Report of the King Institute of Preventive Medicine, Guindy
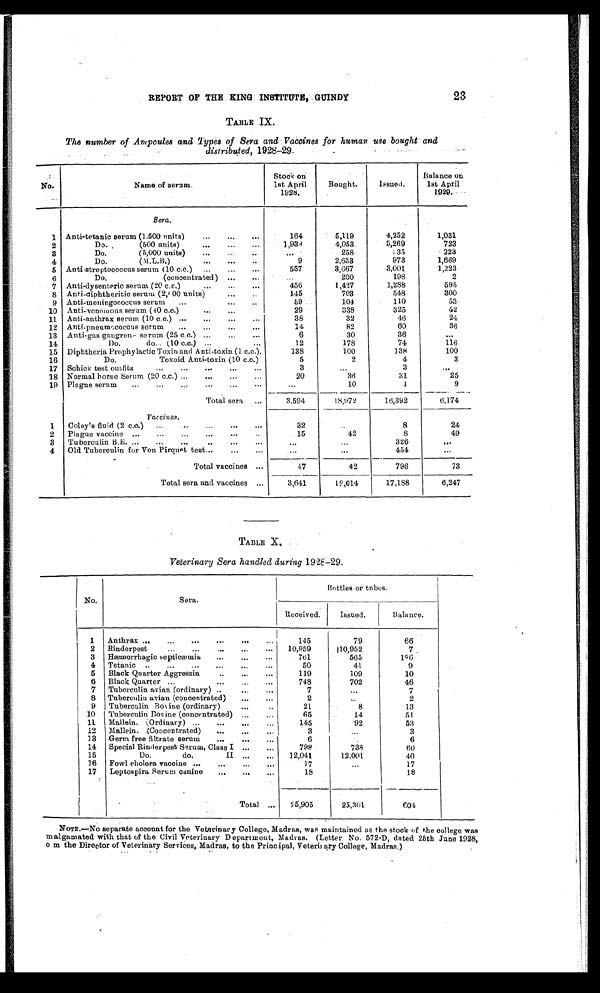
REPORT OF THE KING INSTITUTE, GUINDY
23
TABLE IX.
The number of Ampoules and Types of Sera and Vaccines for human use bought and
distributed, 1928-29.
No.
Name of serum.
Stock on
1st April
1928.
Bought.
Issued.
Balance on
1st April
1929.
Sera.
1 Anti-tetanic serum (1.500 units)
...
...
...
164
5,119
4,252
1,031
2
Do. ,
(500 units)
...
...
...
1,934
4,053
5,269
723
3
Do.
(5,000 units)
...
...
..
...
258
; 35
223
4
Do.
(M.L.B.)
..
...
..
9
2,633
973
1,669
5 Anti-streptococcus serum (10 c.c.)
...
...
...
557
3,667
3,001
1,223
6
Do.
(concentrated) ...
...
...
200
198
2
7 Anti-clysenteric serum (20 c.c,)
...
...
...
456
1,427
1,288
595
8 Anti-diphtheritic serum (2,f 00 units)
...
..
145
703
548
300
9 Anti-meningococcus serum
...
...
..
59
104
110
53-
10 Anti--venomous serum (40 c.c.)
...
...
29
338
325
42
11 Anti-anthrax serum (10 c.c.) ...
...
...
...
38
32
46
24
12 Anti-pneumccoccus serum
...
...
...
...
14
82
60
36
13 Anti-gas gangren- serum (25 c.c.) ...
...
...
6
30
36
. . .
14
Do.
do.. (10 c.c.) ...
...
12
178
74
116
15 Diphtheria Prophylactic Toxin and Anti-toxin. (I. c.c.).
138
100
138
100
16
Do.
Toxoid Anti-toxin (10 c.c.)
5
2
4
3
17 Schick test outfits
....
...
...
...
...
3
—
3
...
18 Normal horse Serum (20 c.c.) ...
..,
...
„
20
36
31
25
19 Plague serum
...
...
....
.....
.
...
10
1
9
_____.. .......
Total sera
3,594
18,972
16,392
6,174
Vaccines.
1.
Coley's fluid (2 c.c.)
...
,„
,„
...
...
32
..
8
24
2
Plague vaccine ...
...
...
...
-..
..
15
42
8
49
3
Tuberculin B.E. ...
...
...
..
...
..
—
,,,
326
...
4
Old Tuberculin for Von Pirquet test...
..
...
. . .
451
06,
.
Total vaccines ...
47
92
796
73
Total sera and vaccines ...
3,641
19,014
17,188
6,247
TABLE X,
Veterinary Sera handled during 192E-29.
No.
Sera.
Bottles or tubes.
Received.
Issued.
Balance.
1
Anthrax ...
...
...
...
...
...
145
79
66
2
Rinderpest
...
...
...
...
. . .
10,959
110,952
7 ,
3
Htemorrhagic septicaemia,
...
...
...
7&i1
565
196
4
Tetanic ..
...
...
...
..,
...
50
41
9
5
Black Quarter Aggressin
..
...
...
119
109
10
6
Black Quarter ....
...
...
-
..
748
702
46
7
Tuberculin avian (ordinary) ..
.. ...
7
. . .
7
8
Tuberculin avian (concentrated)
...
..,
2
...
2
9
Tuberculin Box ine (ordinary)
...
..
21
8
13
10 I Tuberculin Bovine (concentrated)
. . ,
. . .
65
14
51
11.
Mallein. ,:Ordinary) ...
...
„,
...
145
92
53
12
Mallein. (Concentrated)
...
..,
...
3
...
3
13
Germ free filtrate serum
...
...
...
6
6
14
Special Rinderpest Serum, Class I ...
...
798
738
60
15
Do.
do.
II ...
...
12,041
12,001
40
16
Fowl cholera vaccine ...
...
...
...
1
...
17
17
Leptospira Serum canine
_
...
...
18
18
.
Total ...
'
55,905
25,301
601
NOTE.—No separate account for the Veterinary College, Madras, was maintained as the stock of the college was
malgamated with that of the Civil Veterinary Department, Madras. (Letter No. 572.D, dated 25th June 1928,
o m the Director of Veterinary Services, Madras, to the Principal, Veterii ary College, Madras.)